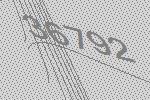
36792